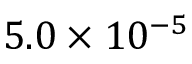
5 . 0 \times 1 0 ^ { - 5 }